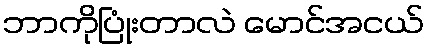
ဘာကိုပြုံးတာလဲ မောင်အငယ်